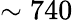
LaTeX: \sim 740